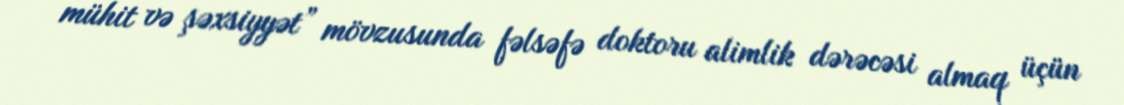
mühit və şəxsiyyət” mövzusunda fəlsəfə doktoru alimlik dərəcəsi almaq üçün